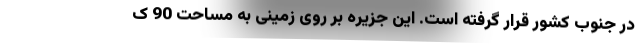
در جنوب کشور قرار گرفته است. این جزیره بر روی زمینی به مساحت 90 ک